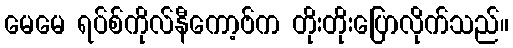
မေမေ ရပ်စ်ကိုလ်နီကော့ဗ်က တိုးတိုးပြောလိုက်သည်။